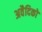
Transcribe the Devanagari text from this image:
अवैदिकों